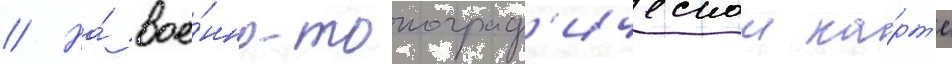
// На́ вое́нно-топограф'ическои ка́рт'е